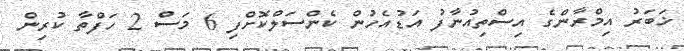
ޚަބަރު އިމްރާންގެ އިސްތިއުނާފު އަޑުއެހުން ކެންސަލްކޮށްފި 6 މަސް 2 ހަފްތާ ކުރިން